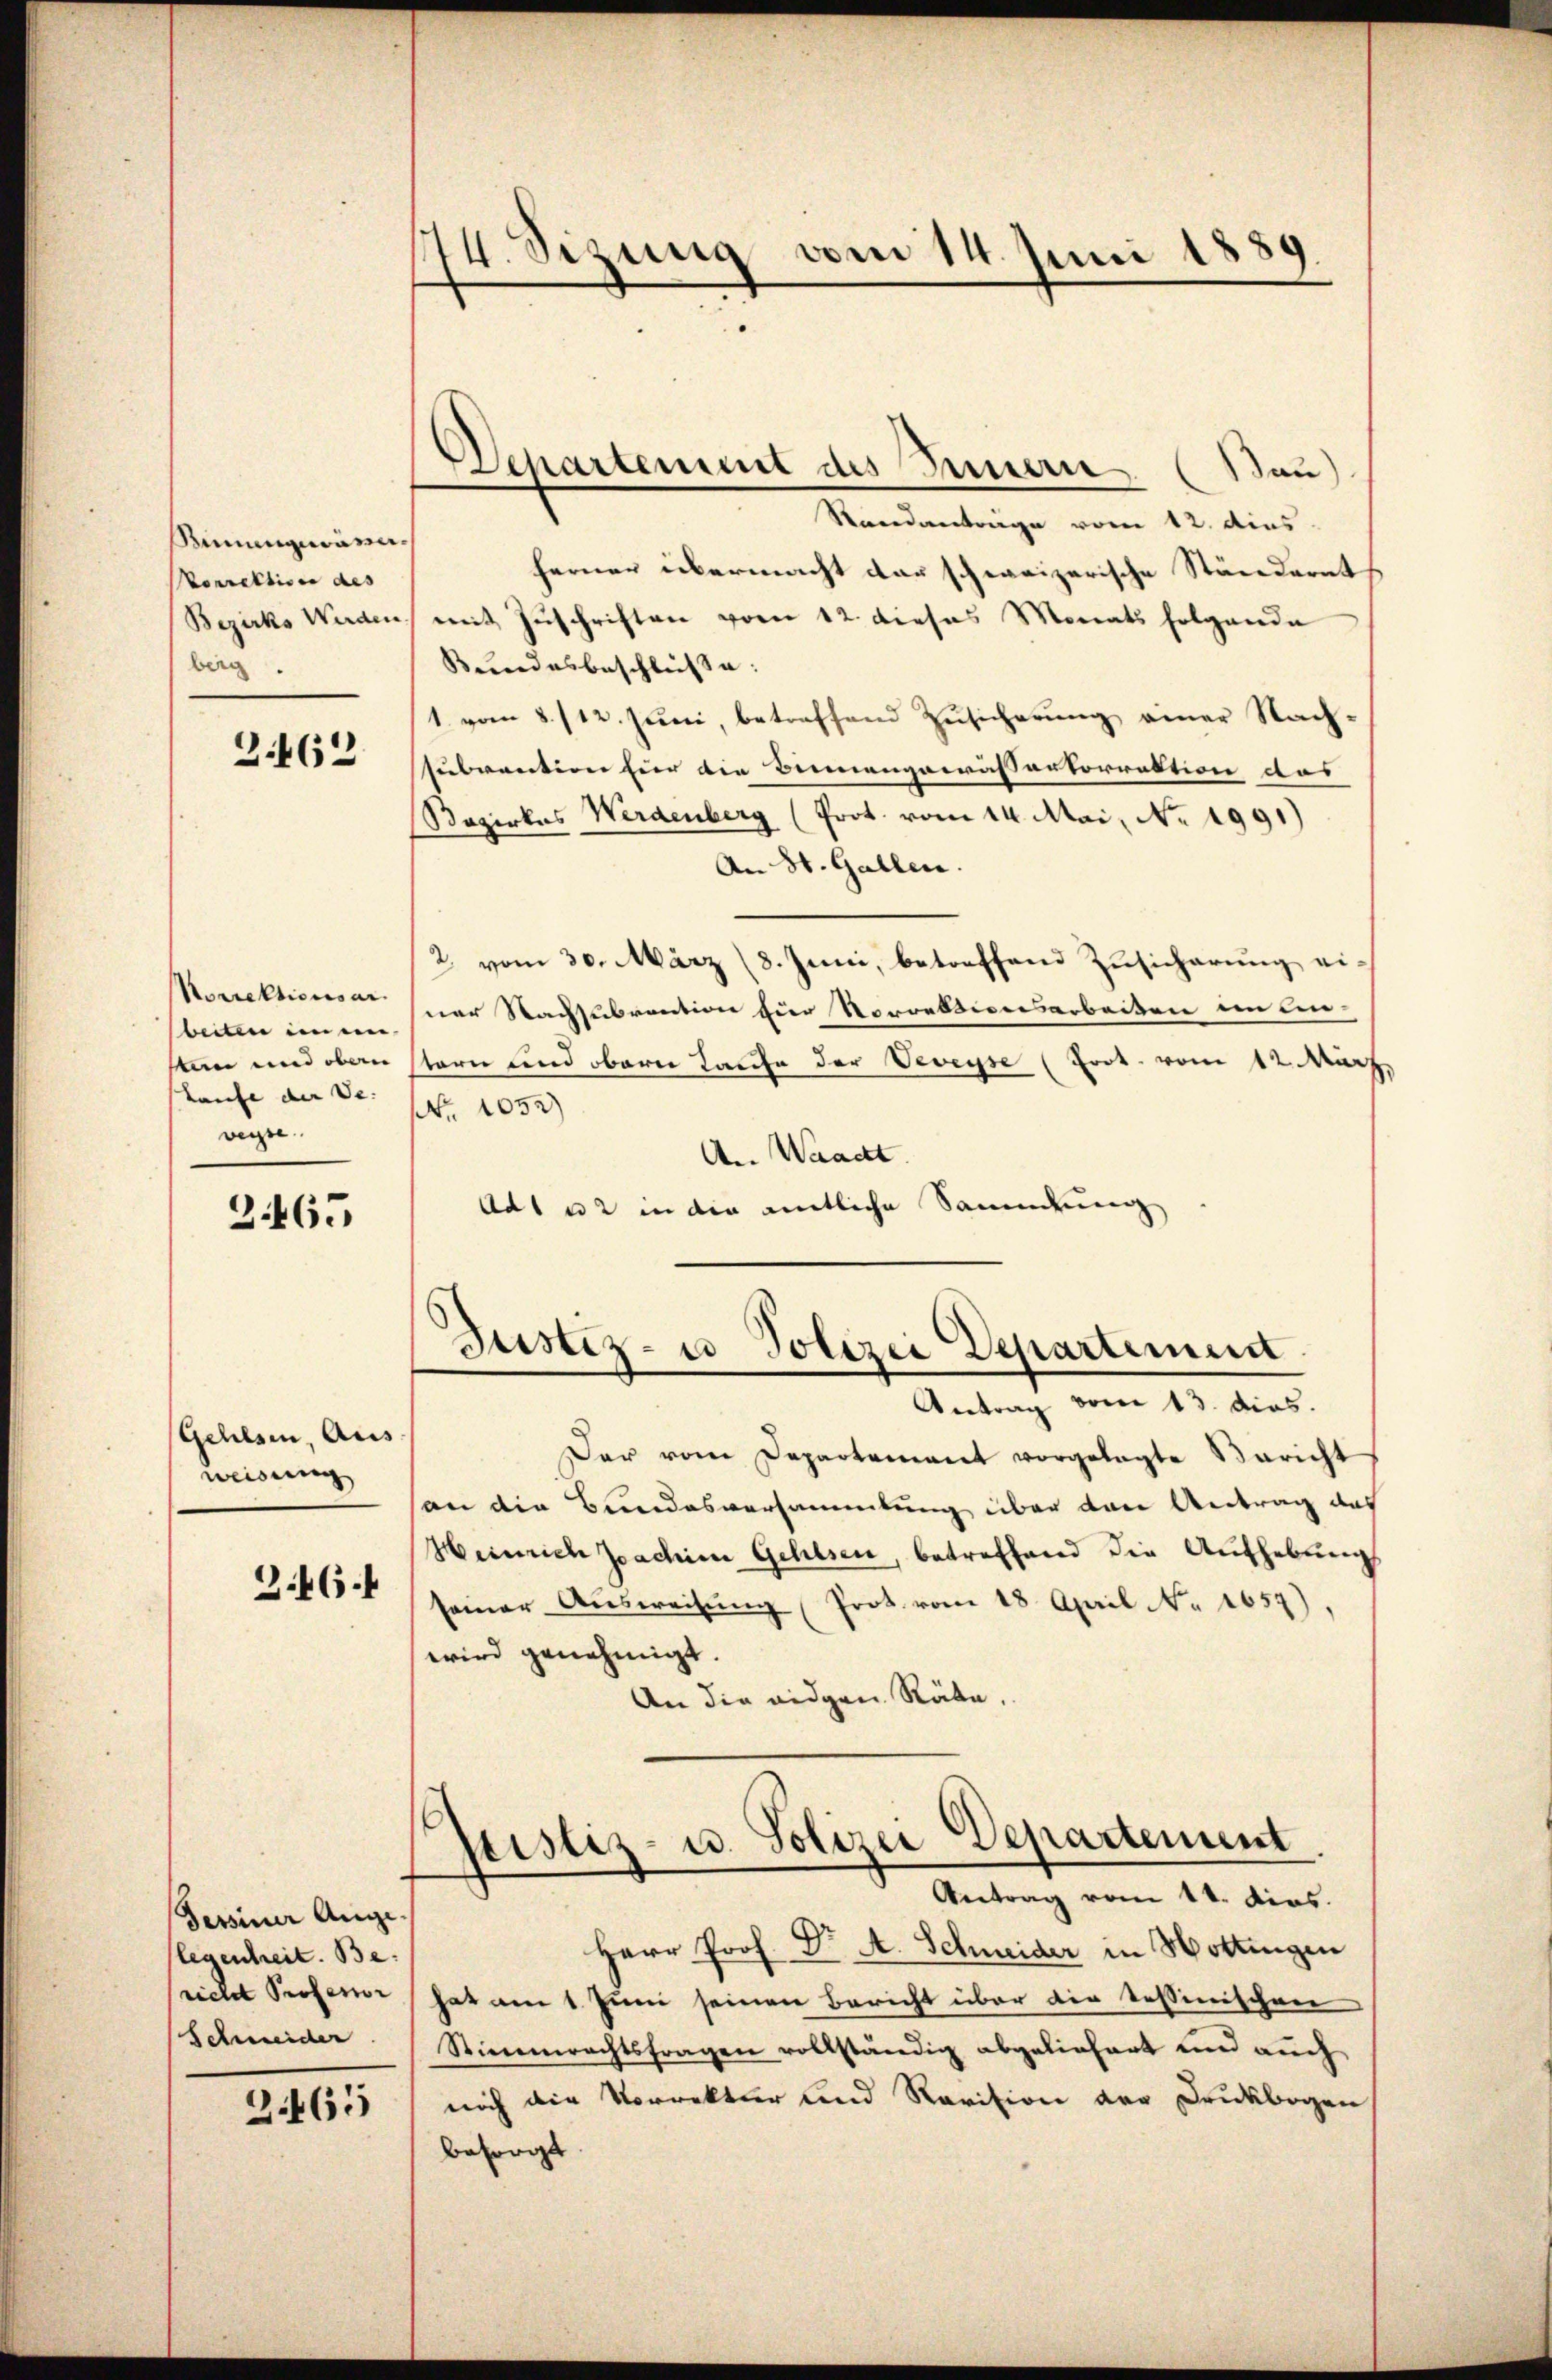
simmencamerorrektion des
Bezirks Werden
beig

3462

Korrektionsar
beiten im en
min und oberen |
staufe der Ve
vege

2465

Gehlsen, Aus
weisung
346.

Sessiner Auge
flegenheit. Be
richt Professor
Schweider

2.465

174. Sizung vom 14. Juni 1889

Separtement des Innern. (Bau)

Randverträge vom 12. dies
ferner übermacht der schweizerische Ständerath
mit Zuschriften vom 12. dieses Monats folgende
Bundesbeschlusse:
1. vom 8./12. Juni, betreffend Zusicherung einer Nach-
subvention für die Bennenzowässertorrektion das
Rezirkes Werdenberg (Prot. vom 14. Mai, No. 1991)
An St. Gallen.
2. vom 30. März (8. Juni, betreffend Zusicherung einer Nachsubvention hier Sorrektionsarbeiten im ein-
stern und obern Taufe der Veveyse (Frot. vom 12. März.
Nr. 1052)
An Waadt.
Ad1 u 2 in die amtliche Sammlung

Justiz- u Polizei Departement.

Antrag vom 13. dies.
Der vom Departement vorgelegte Bericht
an die Bundesversammlung über den Antrag das
Heinrich Joachien Gehlsen, betreffend die Aufhebung
seiner Aŭsweisŭng (Prot. vom 18. April Nr 1657).
wird genehmigt.
An die eidgen Räte,

ptistiz- u. Polizei Departement
Antrag vom 11. dies

Herr Prof. Dr A. Schneider in Hottingen
hat am 1. Juni seinen Bericht über die Tessinischen
Stimmrechtsfragen vollständig abgeliefert und auch
noch die Vorrektur und Revision der Druckbogen
Besorgt